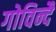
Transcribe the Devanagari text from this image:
गोविन्दै